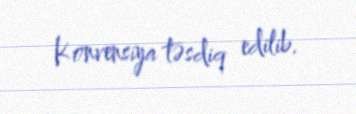
Konvensiya təsdiq edilib.